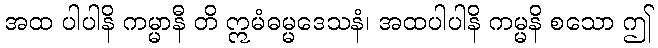
အထ ပါပါနိ ကမ္မာနီ တိ ဣမံဓမ္မဒေသနံ၊ အထပါပါနိ ကမ္မနိ စသော ဤ